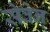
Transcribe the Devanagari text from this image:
सेवेन्